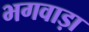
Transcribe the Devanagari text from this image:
भगवाड़ा